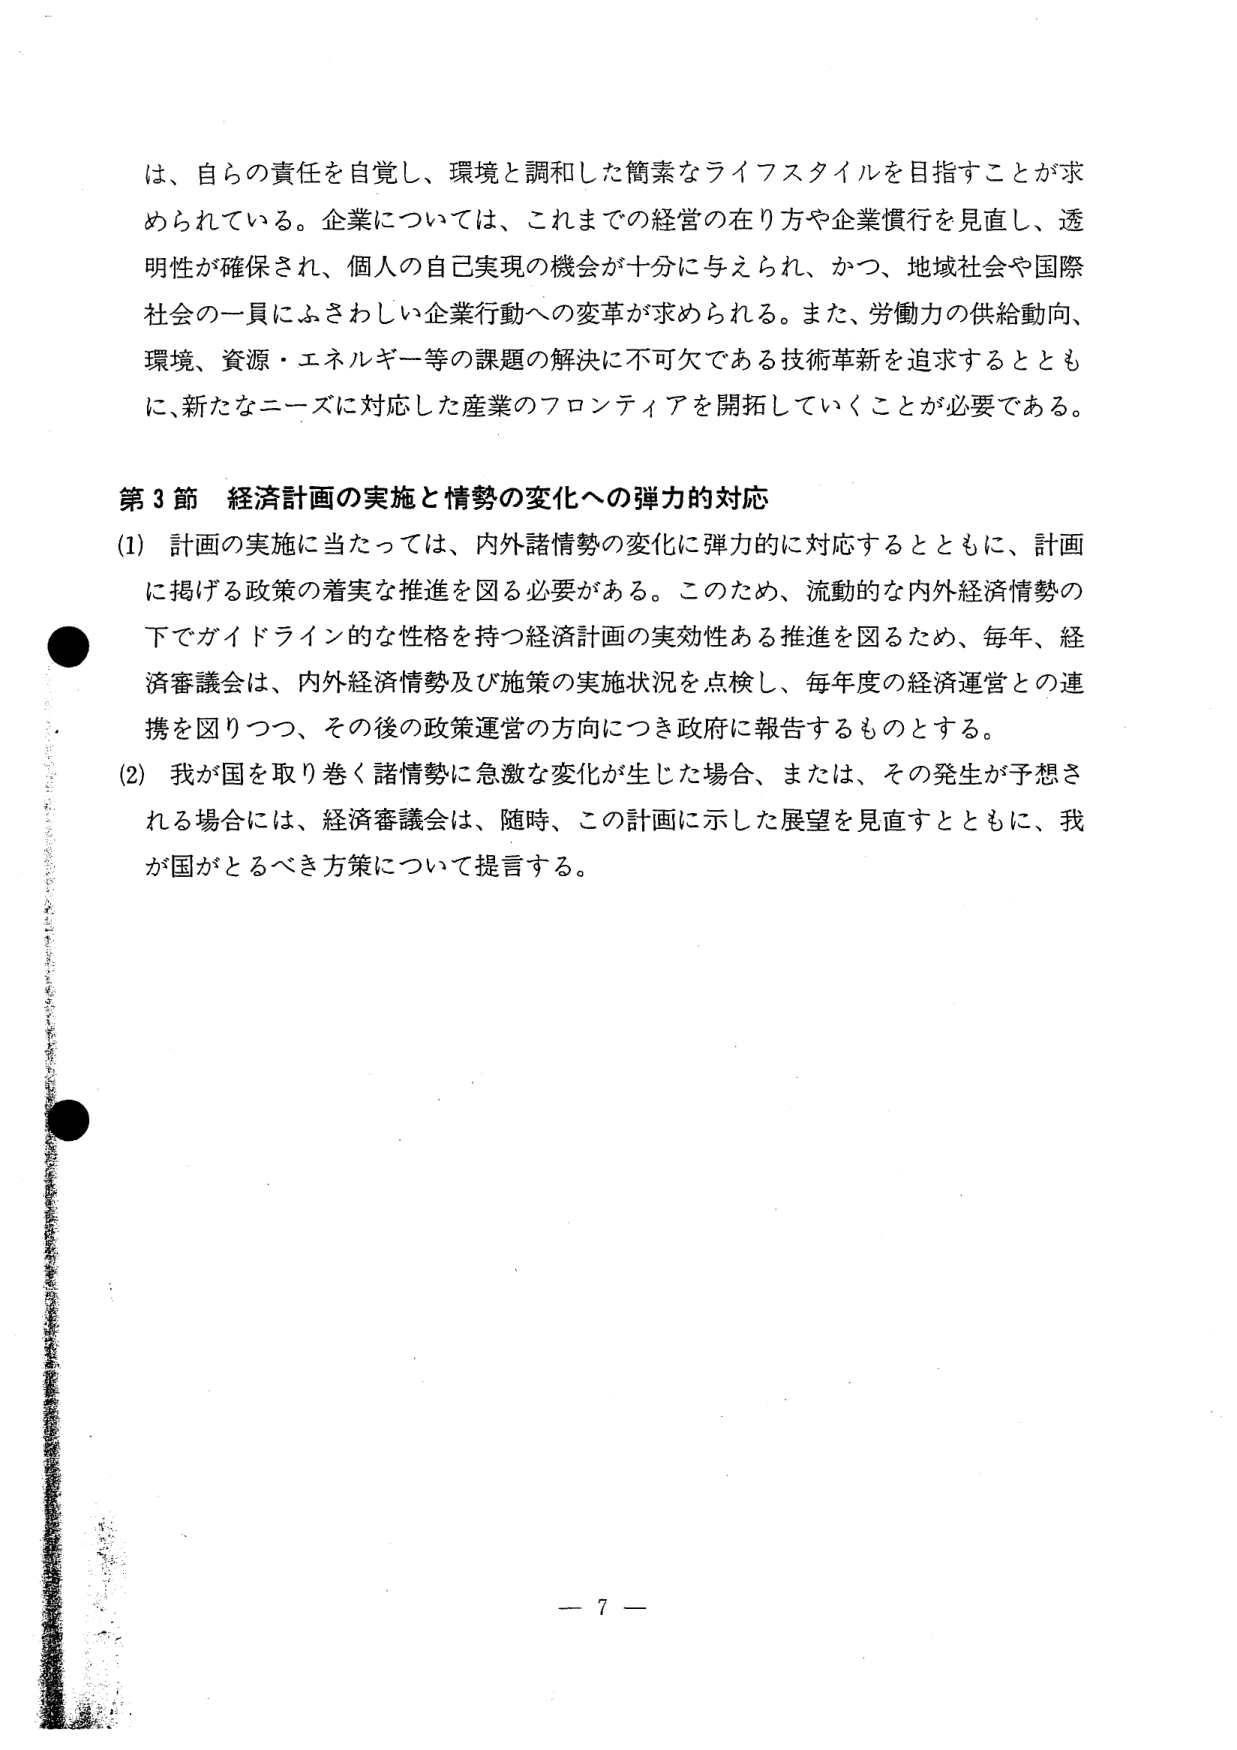
は、自らの責任を自覚し、環境と調和した簡素なライフスタイルを目指すことが求められている。企業については、これまでの経営の在り方や企業慣行を見直し、透明性が確保され、個人の自己実現の機会が十分に与えられ、かつ、地域社会や国際社会の一員にふさわしい企業行動への変革が求められる。また、労働力の供給動向、環境、資源・エネルギー等の課題の解決に不可欠である技術革新を追求するとともに、新たなニーズに対応した産業のフロンティアを開拓していくことが必要である。

第3節 経済計画の実施と情勢の変化への弾力的対応
(1) 計画の実施に当たっては、内外諸情勢の変化に弾力的に対応するとともに、計画に掲げる政策の着実な推進を図る必要がある。このため、流動的な内外経済情勢の下でガイドライン的な性格を持つ経済計画の実効性ある推進を図るため、毎年、経済審議会は、内外経済情勢及び施策の実施状況を点検し、毎年度の経済運営との連携を図りつつ、その後の政策運営の方向につき政府に報告するものとする。
(2) 我が国を取り巻く諸情勢に急激な変化が生じた場合、または、その発生が予想される場合には、経済審議会は、随時、この計画に示した展望を見直すとともに、我が国がとるべき方策について提言する。

— 7 —